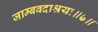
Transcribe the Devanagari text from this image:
जाम्बवदाश्रयः॥७॥